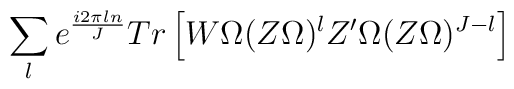
\sum_l  e^{i 2 \pi l n \over J}Tr\left[W \Omega (Z \Omega)^l Z' \Omega (Z \Omega)^{J-l} \right]